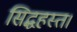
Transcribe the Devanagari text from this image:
सिद्धहस्त।